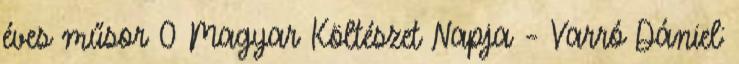
éves műsor 0 Magyar Költészet Napja – Varró Dániel: